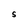
Character: S